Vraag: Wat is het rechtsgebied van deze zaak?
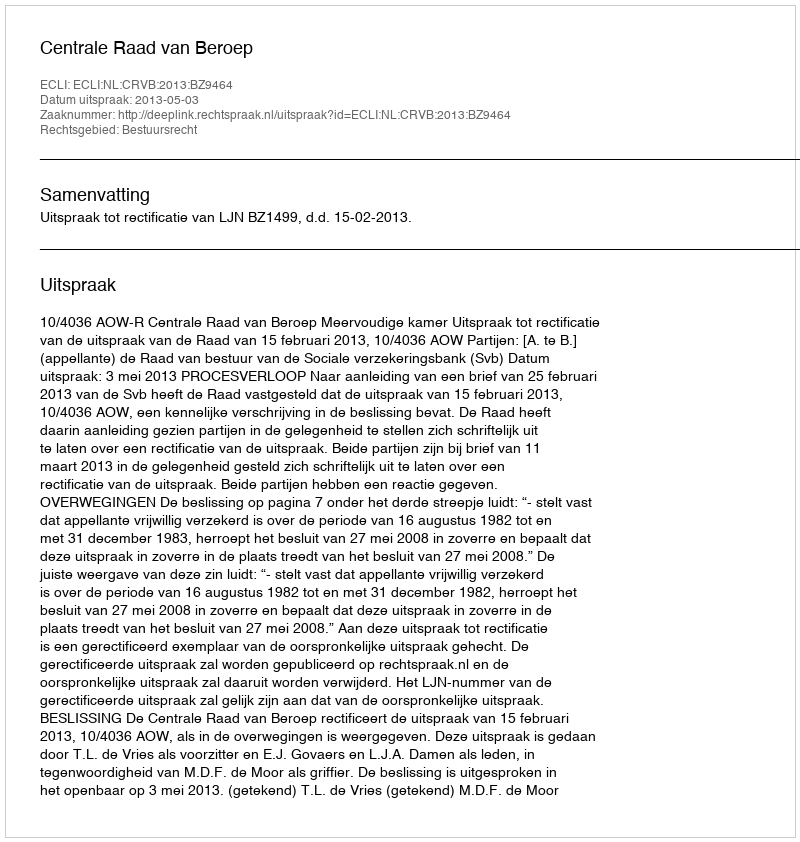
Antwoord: Bestuursrecht